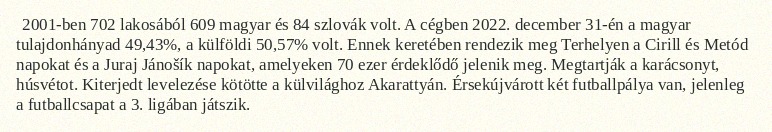
2001-ben 702 lakosából 609 magyar és 84 szlovák volt. A cégben 2022. december 31-én a magyar tulajdonhányad 49,43%, a külföldi 50,57% volt. Ennek keretében rendezik meg Terhelyen a Cirill és Metód napokat és a Juraj Jánošík napokat, amelyeken 70 ezer érdeklődő jelenik meg. Megtartják a karácsonyt, húsvétot. Kiterjedt levelezése kötötte a külvilághoz Akarattyán. Érsekújvárott két futballpálya van, jelenleg a futballcsapat a 3. ligában játszik.